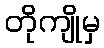
တိုကျိုမှ